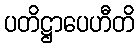
ပတိဋ္ဌာပေဟီတိ